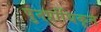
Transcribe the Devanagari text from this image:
पुनर्प्राधिकृत